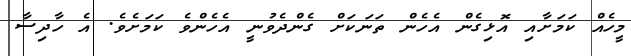
މީހެއް ކަމަށާއި އޮޅިގެން އެހެން ތަނަކަށް ގެންދެވުނީ އެހެންވެ ކަމަށެވެ. އެ ހާދިސާ